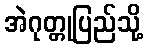
အဲဂုတ္တုပြည်သို့